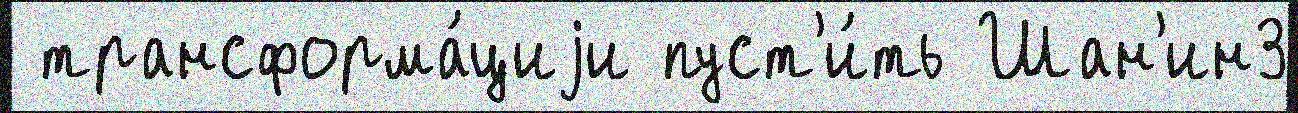
 трансформа́циjи пуст'и́ть Шан'ин3